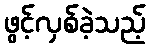
ဖွင့်လှစ်ခဲ့သည့်